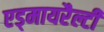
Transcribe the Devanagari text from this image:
एड्मायरैल्टी